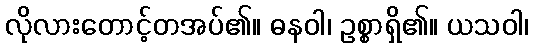
လိုလားတောင့်တအပ်၏။ ဓနဝါ၊ ဥစ္စာရှိ၏။ ယသဝါ၊